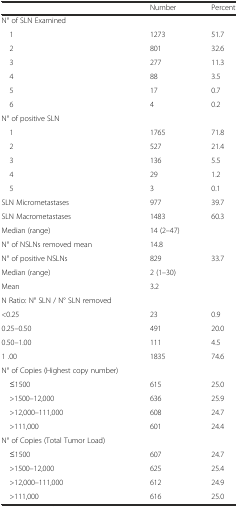
<table><thead><tr><td></td><td><b>Number</b></td><td><b>Percent</b></td></tr></thead><tbody><tr><td>N° of SLN Examined</td><td></td><td></td></tr><tr><td> 1</td><td>1273</td><td>51.7</td></tr><tr><td> 2</td><td>801</td><td>32.6</td></tr><tr><td> 3</td><td>277</td><td>11.3</td></tr><tr><td> 4</td><td>88</td><td>3.5</td></tr><tr><td> 5</td><td>17</td><td>0.7</td></tr><tr><td> 6</td><td>4</td><td>0.2</td></tr><tr><td>N° of positive SLN</td><td></td><td></td></tr><tr><td> 1</td><td>1765</td><td>71.8</td></tr><tr><td> 2</td><td>527</td><td>21.4</td></tr><tr><td> 3</td><td>136</td><td>5.5</td></tr><tr><td> 4</td><td>29</td><td>1.2</td></tr><tr><td> 5</td><td>3</td><td>0.1</td></tr><tr><td>SLN Micrometastases</td><td>977</td><td>39.7</td></tr><tr><td>SLN Macrometastases</td><td>1483</td><td>60.3</td></tr><tr><td>Median (range)</td><td>14 (2–47)</td><td></td></tr><tr><td>N° of NSLNs removed mean</td><td>14.8</td><td></td></tr><tr><td>N° of positive NSLNs</td><td>829</td><td>33.7</td></tr><tr><td>Median (range)</td><td>2 (1–30)</td><td></td></tr><tr><td>Mean</td><td>3.2</td><td></td></tr><tr><td>N Ratio: N° SLN / N° SLN removed</td><td></td><td></td></tr><tr><td>&lt;0.25</td><td>23</td><td>0.9</td></tr><tr><td>0.25–0.50</td><td>491</td><td>20.0</td></tr><tr><td>0.50–1.00</td><td>111</td><td>4.5</td></tr><tr><td>1 .00</td><td>1835</td><td>74.6</td></tr><tr><td>N° of Copies (Highest copy number)</td><td></td><td></td></tr><tr><td> ≤1500</td><td>615</td><td>25.0</td></tr><tr><td> &gt;1500–12,000</td><td>636</td><td>25.9</td></tr><tr><td> &gt;12,000–111,000</td><td>608</td><td>24.7</td></tr><tr><td> &gt;111,000</td><td>601</td><td>24.4</td></tr><tr><td>N° of Copies (Total Tumor Load)</td><td></td><td></td></tr><tr><td> ≤1500</td><td>607</td><td>24.7</td></tr><tr><td> &gt;1500–12,000</td><td>625</td><td>25.4</td></tr><tr><td> &gt;12,000–111,000</td><td>612</td><td>24.9</td></tr><tr><td> &gt;111,000</td><td>616</td><td>25.0</td></tr></tbody></table>